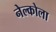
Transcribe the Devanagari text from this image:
नेल्कोला